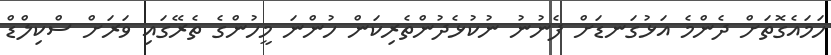
ހަމައެގޮތަށް ދެންމެ އަޅުގަނޑަށް ފެނުނު ނުކުޅެދުންތެރިކަން ހުންނަ މީހުންގެ ތެރޭގައި ވަރަށް ސްކިލްޑް